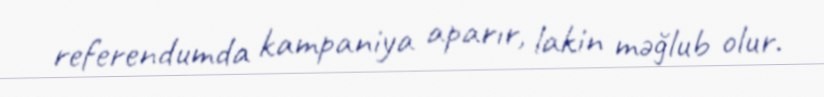
referendumda kampaniya aparır, lakin məğlub olur.